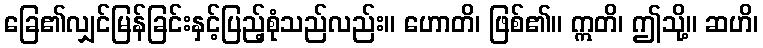
ခြေ၏လျှင်မြန်ခြင်းနှင့်ပြည့်စုံသည်လည်း။ ဟောတိ၊ ဖြစ်၏။ ဣတိ၊ ဤသို့။ ဆဟိ၊